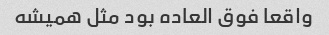
واقعا فوق العاده بود مثل همیشه